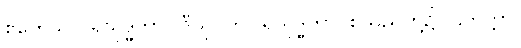
ဧတေသု ပရိသုဒ္ဓဘာဝါဒီသု၊ ဤပရိသုဒ္ဓဘာဝစသည်တို့၌။ ဌိတတ္တာ၊